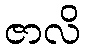
ဇာလိ